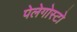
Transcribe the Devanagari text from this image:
पेलेगोस्टो